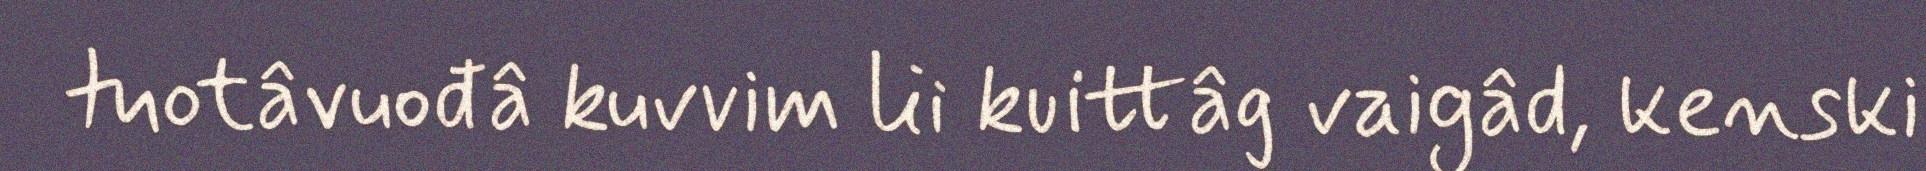
tuotâvuođâ kuvvim lii kuittâg vaigâd, kenski